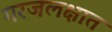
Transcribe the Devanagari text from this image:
गरजलक्षात